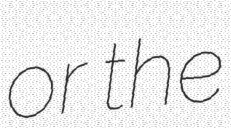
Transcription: or the